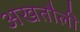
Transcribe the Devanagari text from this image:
अखतौली